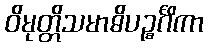
ဝိမုတ္တိသမာဓိပဉ္စင်္ဂိကာ